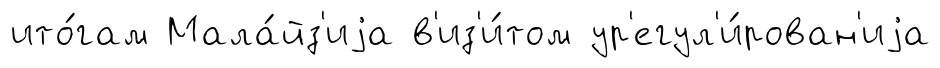
ито́гам Мала́йз'иjа в'из'и́том ур'егул'и́рован'иjа